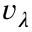
v _ { \lambda }